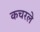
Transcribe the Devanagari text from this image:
कचरले